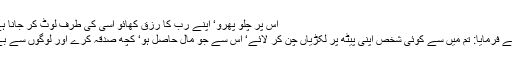
اس پر چلو پھرو‘ اپنے رب کا رزق کھائو اسی کی طرف لوٹ کر جانا ہے(ملک ۱۵)
نبی اکرمﷺ نے فرمایا: تم میں سے کوئی شخص اپنی پیٹھ پر لکڑیاں چن کر لائے‘ اس سے جو مال حاصل ہو‘ کچھ صدقہ کرے اور لوگوں سے بے نیاز رہے۔